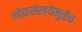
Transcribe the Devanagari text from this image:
लोकसंख्येमुळेच